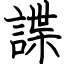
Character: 諜